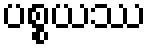
ပစ္စယဿ